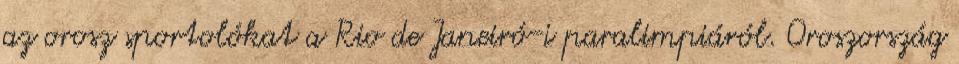
az orosz sportolókat a Rio de Janeiró-i paralimpiáról. Oroszország